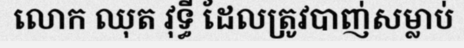
លោក ឈុត វុទ្ធី ដែលត្រូវបាញ់សម្លាប់